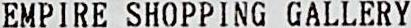
EMPIRE SHOPPING GALLERY